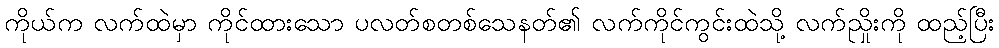
ကိုယ်က လက်ထဲမှာ ကိုင်ထားသော ပလတ်စတစ်သေနတ်၏ လက်ကိုင်ကွင်းထဲသို့ လက်ညှိုးကို ထည့်ပြီး